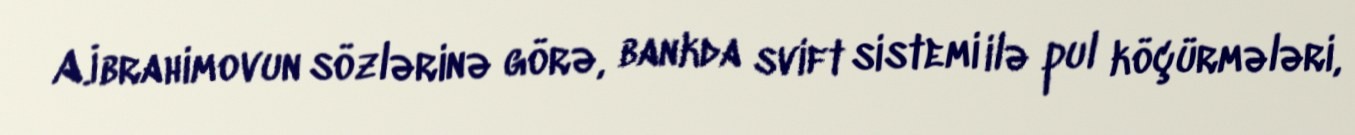
A.İbrahimovun sözlərinə görə, bankda svift sistemi ilə pul köçürmələri,